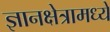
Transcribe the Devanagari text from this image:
ज्ञानक्षेत्रामध्ये